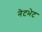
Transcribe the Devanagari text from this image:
नेटभेट